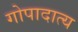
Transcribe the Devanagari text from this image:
गोपादात्य